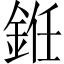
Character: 銋